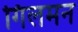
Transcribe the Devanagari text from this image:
गिलमन